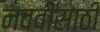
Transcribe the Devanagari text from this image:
नववीसाठी